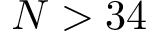
N > 3 4